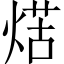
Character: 𤋼